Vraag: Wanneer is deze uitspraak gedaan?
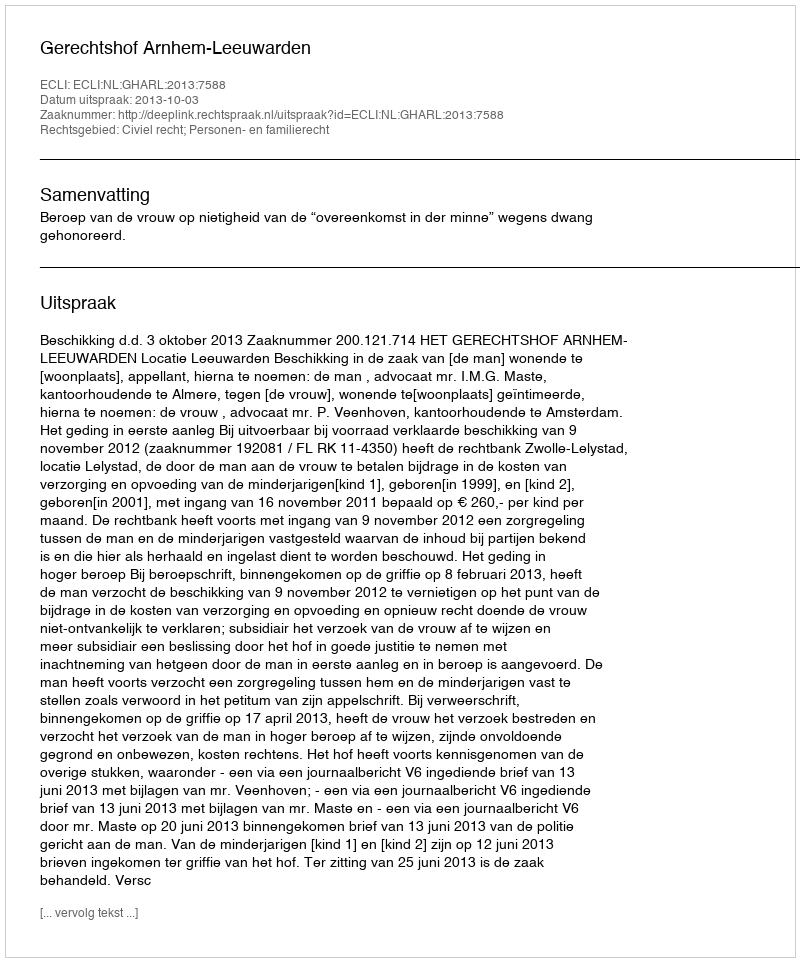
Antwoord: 2013-10-03